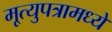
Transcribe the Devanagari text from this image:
मृ्त्युपत्रामध्ये